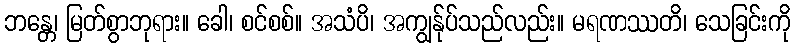
ဘန္တေ၊ မြတ်စွာဘုရား။ ခေါ၊ စင်စစ်။ အသံပိ၊ အကျွန်ုပ်သည်လည်း။ မရဏဿတိ၊ သေခြင်းကို